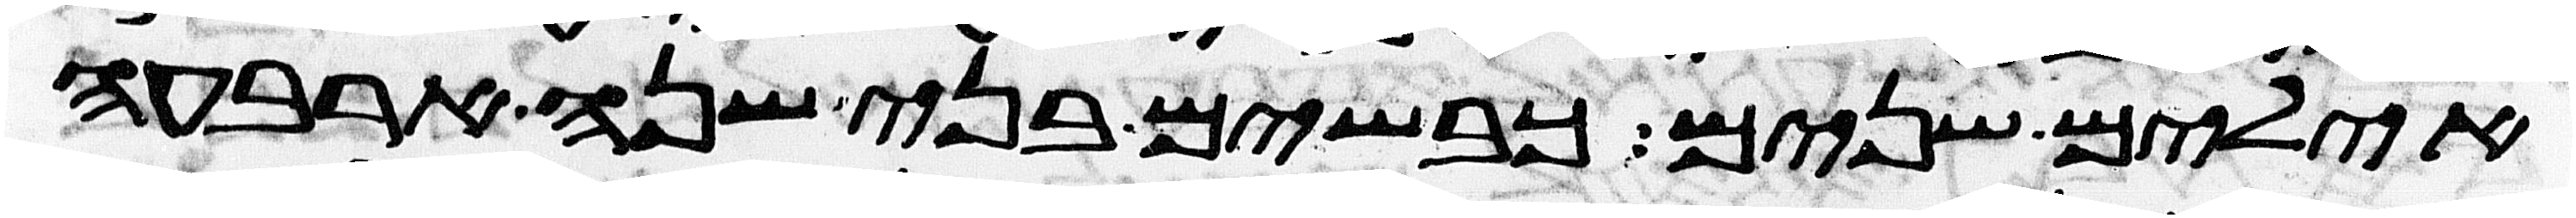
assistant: אילים שנים כבשים בני שנה ארבעה